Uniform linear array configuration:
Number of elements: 64
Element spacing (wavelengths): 0.75
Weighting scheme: exponential
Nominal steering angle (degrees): -60
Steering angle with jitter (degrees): -60.178
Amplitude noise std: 0.05
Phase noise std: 0.05

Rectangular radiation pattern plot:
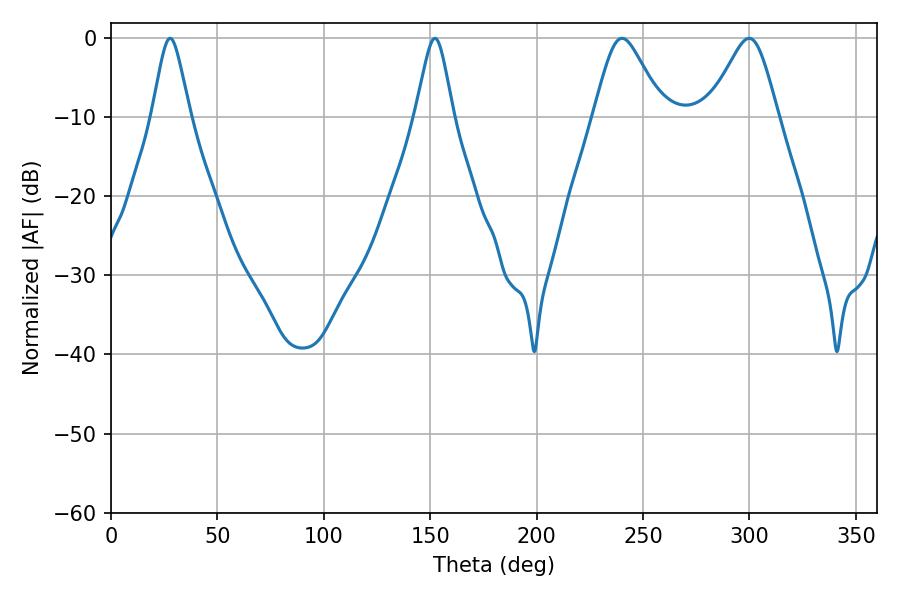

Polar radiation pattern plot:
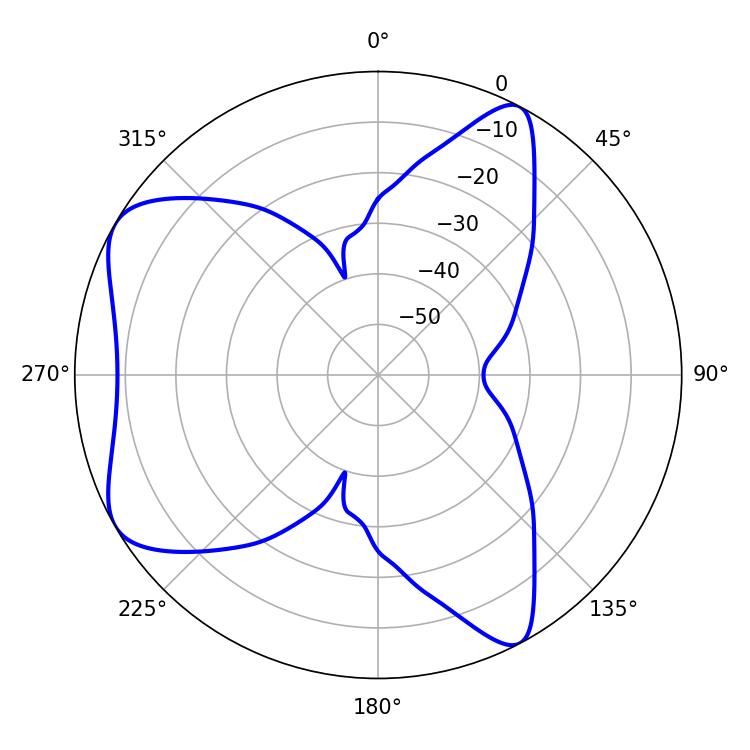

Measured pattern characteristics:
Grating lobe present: TRUE
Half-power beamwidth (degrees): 15.66
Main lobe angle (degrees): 240.12